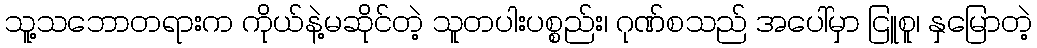
သူ့သဘောတရားက ကိုယ်နဲ့မဆိုင်တဲ့ သူတပါးပစ္စည်း၊ ဂုဏ်စသည် အပေါ်မှာ ငြူစူ၊ နှမြောတဲ့